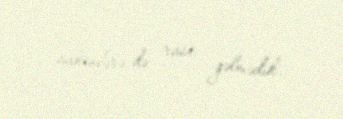
sakinlərə də rast gəlmədik.